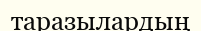
таразылардың